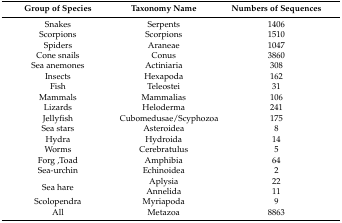
<table><thead><tr><td><b>Group of Species</b></td><td><b>Taxonomy Name</b></td><td><b>Numbers of Sequences</b></td></tr></thead><tbody><tr><td>Snakes</td><td>Serpents</td><td>1406</td></tr><tr><td>Scorpions</td><td>Scorpions</td><td>1510</td></tr><tr><td>Spiders</td><td>Araneae</td><td>1047</td></tr><tr><td>Cone snails</td><td>Conus</td><td>3860</td></tr><tr><td>Sea anemones</td><td>Actiniaria</td><td>308</td></tr><tr><td>Insects</td><td>Hexapoda</td><td>162</td></tr><tr><td>Fish</td><td>Teleostei</td><td>31</td></tr><tr><td>Mammals</td><td>Mammalias</td><td>106</td></tr><tr><td>Lizards</td><td>Heloderma</td><td>241</td></tr><tr><td>Jellyfish</td><td>Cubomedusae/Scyphozoa</td><td>175</td></tr><tr><td>Sea stars</td><td>Asteroidea</td><td>8</td></tr><tr><td>Hydra</td><td>Hydroida</td><td>14</td></tr><tr><td>Worms</td><td>Cerebratulus</td><td>5</td></tr><tr><td>Forg ,Toad</td><td>Amphibia</td><td>64</td></tr><tr><td>Sea-urchin</td><td>Echinoidea</td><td>2</td></tr><tr><td rowspan="2">Sea hare</td><td>Aplysia</td><td>22</td></tr><tr><td>Annelida</td><td>11</td></tr><tr><td>Scolopendra</td><td>Myriapoda</td><td>9</td></tr><tr><td>All</td><td>Metazoa</td><td>8863</td></tr></tbody></table>